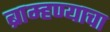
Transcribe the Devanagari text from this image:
ब्राम्हण्याचा